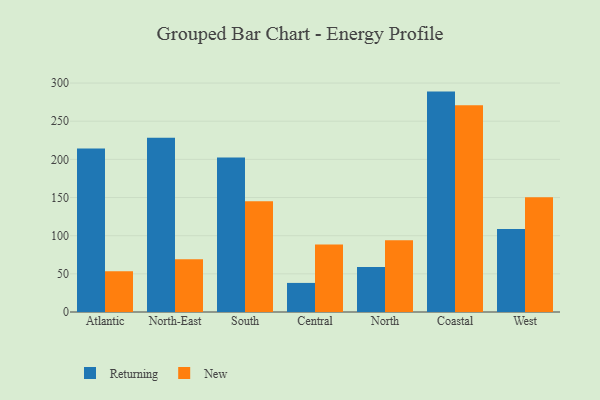
{"axis": {"x": "Region", "y": "Backlog"}, "legend": ["New", "Returning"], "data": [{"x": "Atlantic", "y": 214.2, "type": "Returning"}, {"x": "Atlantic", "y": 53.3, "type": "New"}, {"x": "North-East", "y": 228.3, "type": "Returning"}, {"x": "North-East", "y": 69.2, "type": "New"}, {"x": "South", "y": 202.3, "type": "Returning"}, {"x": "South", "y": 145.2, "type": "New"}, {"x": "Central", "y": 38.1, "type": "Returning"}, {"x": "Central", "y": 88.5, "type": "New"}, {"x": "North", "y": 59.1, "type": "Returning"}, {"x": "North", "y": 93.9, "type": "New"}, {"x": "Coastal", "y": 288.8, "type": "Returning"}, {"x": "Coastal", "y": 270.9, "type": "New"}, {"x": "West", "y": 108.6, "type": "Returning"}, {"x": "West", "y": 150.4, "type": "New"}]}